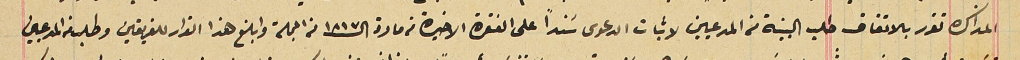
المذاكره تقرر بالاتفاق طلب البينة من المدعيين لاثبات الدعوى سَنداً على الفقرة الاخيرة من مادة الـ١٨١٧ من المجلة وابلغ هذا القرار للفريقين وطلب من المدعيين